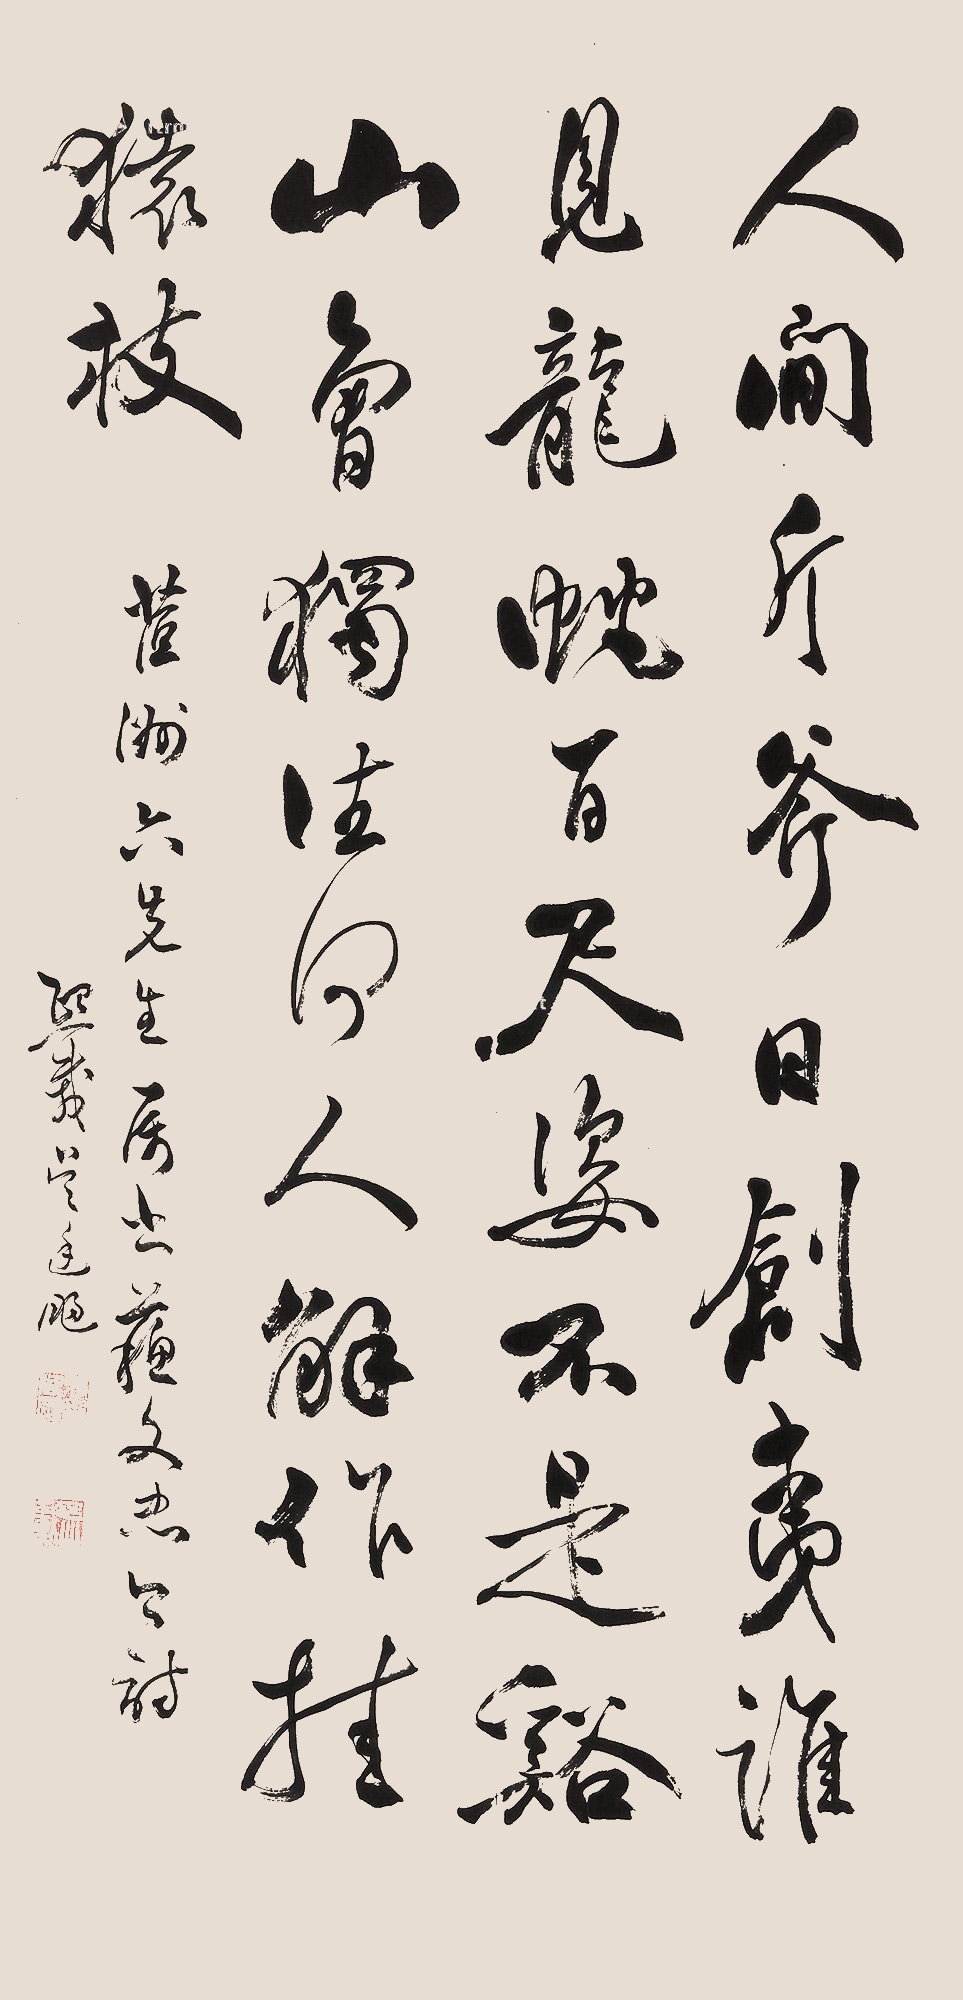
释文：人间斤斧日创夷，谁见龙蛇百尺姿。不是溪山曾独往，何人解作挂猿枝。䓚洲六先生属书范文忠公诗，熙载吴廷扬。